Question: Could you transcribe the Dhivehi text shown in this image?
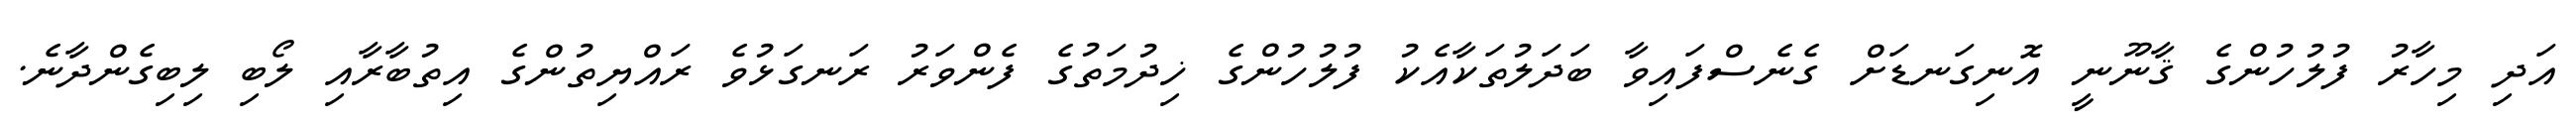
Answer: އަދި މިހާރު ފުލުހުންގެ ޤާނޫނީ އޮނިގަނޑަށް ގެނެސްފައިވާ ބަދަލުތަކާއެކު ފުލުހުންގެ ޚިދުމަތުގެ ފެންވަރު ރަނގަޅުވެ ރައްޔިތުންގެ އިތުބާރާއި ލޯބި ލިބިގެންދާނެ.